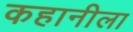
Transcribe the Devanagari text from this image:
कहानीला